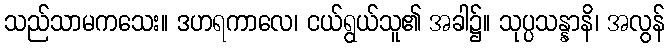
သည်သာမကသေး။ ဒဟရကာလေ၊ ငယ်ရွယ်သူ၏ အခါ၌။ သုပ္ပသန္နာနိ၊ အလွန်